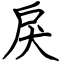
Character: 戾